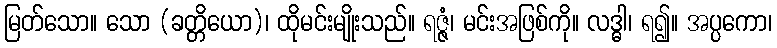
မြတ်သော။ သော (ခတ္တိယော)၊ ထိုမင်းမျိုးသည်။ ရဇ္ဇံ၊ မင်းအဖြစ်ကို။ လဒ္ဓါ၊ ရ၍။ အပ္ပကော၊